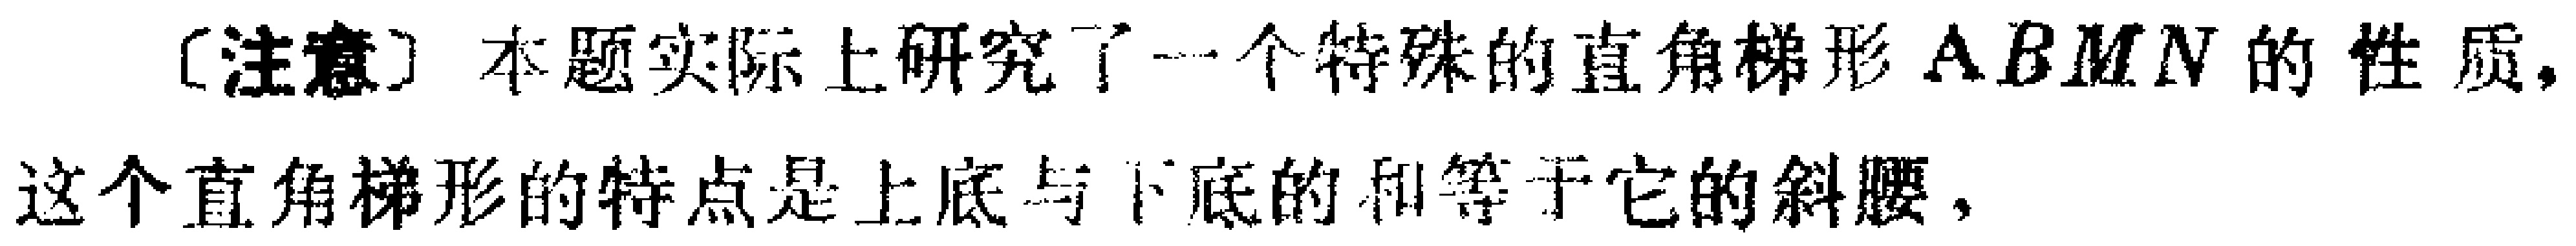
[注意] 本题实际上研究了一个特殊的直角梯形 \(ABMN\) 的性质, 这个直角梯形的特点是上底与下底的和等于它的斜腰,